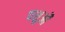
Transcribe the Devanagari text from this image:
पशुऔं